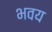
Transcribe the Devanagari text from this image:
भवय